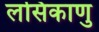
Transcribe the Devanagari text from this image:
लसिकाणु